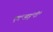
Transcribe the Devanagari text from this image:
एम॰आइ॰टी॰